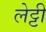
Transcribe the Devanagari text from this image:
लेट्टी